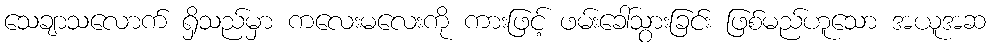
သေချာသလောက် ရှိသည်မှာ ကလေးမလေးကို ကားဖြင့် ဖမ်းခေါ်သွားခြင်း ဖြစ်မည်ဟူသော အယူအဆ